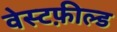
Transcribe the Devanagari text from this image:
वेस्टफ़ील्ड